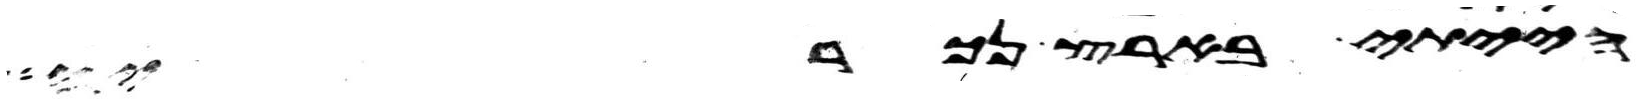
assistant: הייתי בארץ נכריה